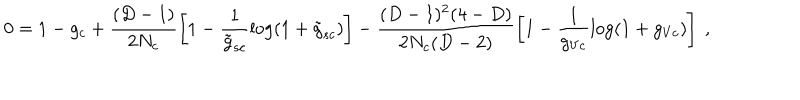
0 = 1 - g _ { c } + \frac { ( D - 1 ) } { 2 N _ { c } } \left[ 1 - \frac { 1 } { \tilde { g } _ { s c } } \log ( 1 + \tilde { g } _ { s c } ) \right] - \frac { ( D - 1 ) ^ { 2 } ( 4 - D ) } { 2 N _ { c } ( D - 2 ) } \left[ 1 - \frac { 1 } { g _ { V c } } \log ( 1 + g _ { V c } ) \right] \ ,